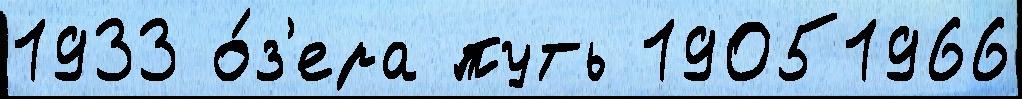
1933 о́з'ера путь 19051966